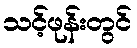
သင့်ဖုန်းတွင်